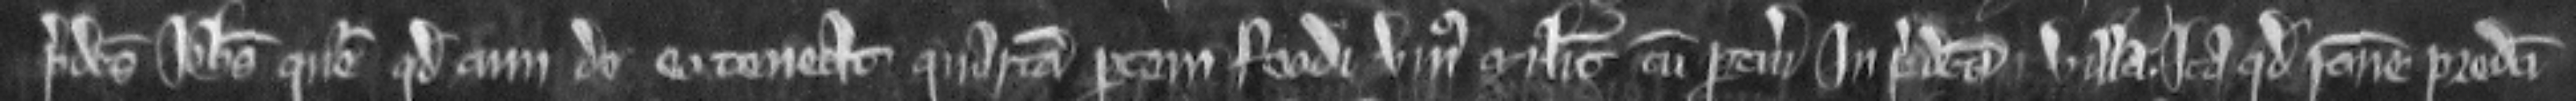
predictus Johannes queritur quod cum de eo teneat quartam partem feodi unius militis cum pertinenciis in predicta villa. Ita quod racione predicti